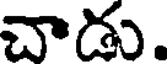
చాడు.